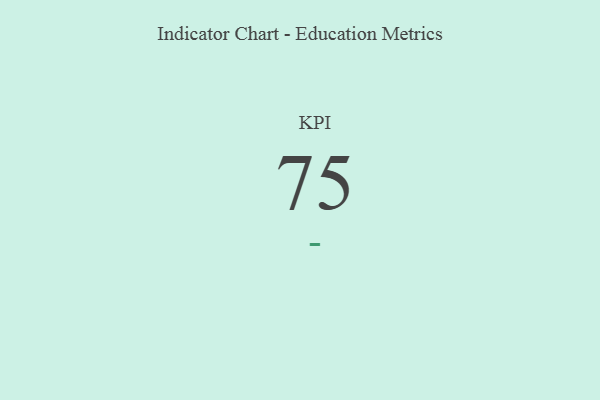
{"axis": {"x": "KPI", "y": "Value"}, "legend": [""], "data": [{"x": "KPI", "y": 75, "type": ""}]}